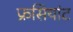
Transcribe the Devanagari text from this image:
फ्रसियांट